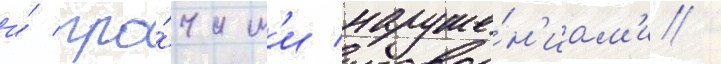
и́ про́чим'и наруше́н'иам'и /